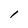
Character: l